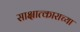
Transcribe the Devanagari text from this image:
साक्षात्काराच्या